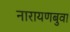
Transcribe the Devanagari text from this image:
नारायणबुवा